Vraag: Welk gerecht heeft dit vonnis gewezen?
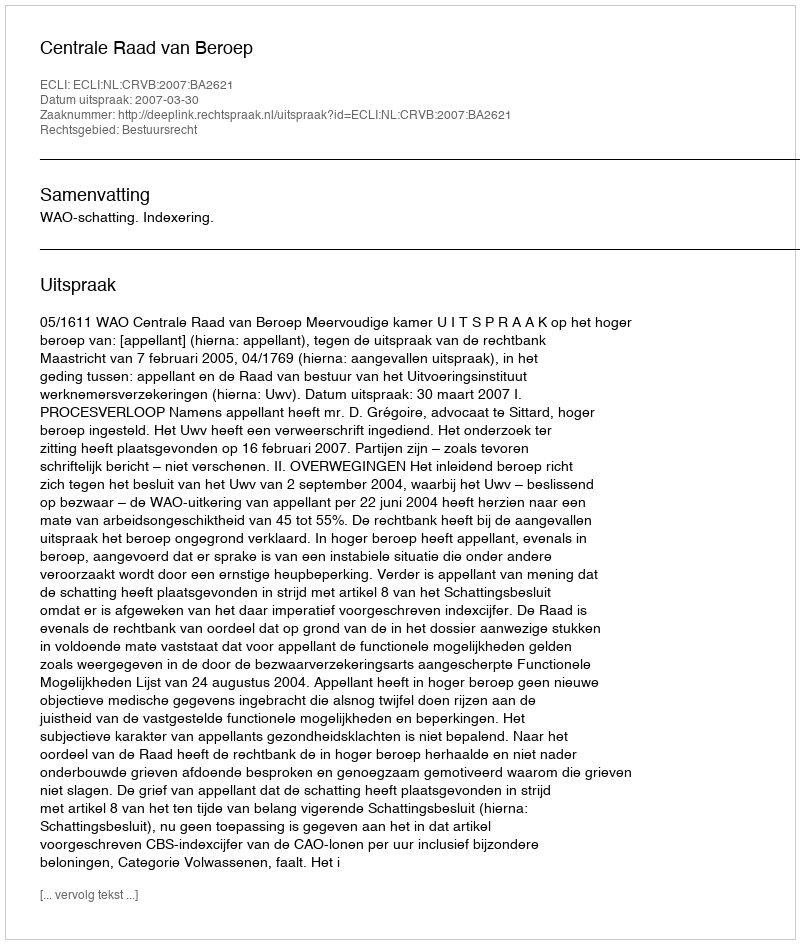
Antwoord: Centrale Raad van Beroep